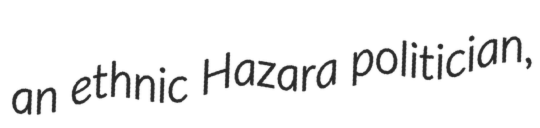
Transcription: an ethnic Hazara politician,